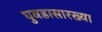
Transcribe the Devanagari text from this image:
घुबडासारख्या